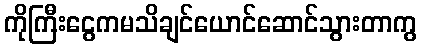
ကိုကြီးငွေကမသိချင်ယောင်ဆောင်သွားတာကွ